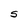
Character: S